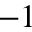
- 1